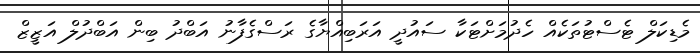
މެޑިކަލް ޓެސްޓުތަކެއް ހެދުމަށްޓަކާ ސައުދީ އަރަބިއްޔާގެ ރަސްގެފާނު އަބްދު ބިން އަބްދުލް އަޒީޒް